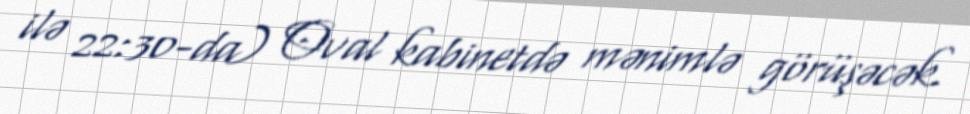
ilə 22:30-da) Oval kabinetdə mənimlə görüşəcək.